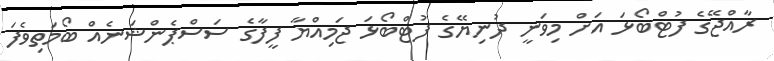
ރާއްޖޭގެ ފުޓްބޯޅަ އަށް މިވަނީ ދުނިޔޭގެ ފުޓްބޯޅަ ޖަމިއްޔާ ފީފާގެ ސަސްޕެންޝަނެއް ބޯމަތިވެފަ